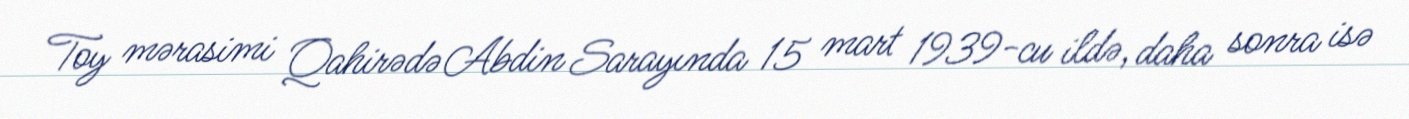
Toy mərasimi Qahirədə Abdin Sarayında 15 mart 1939-cu ildə, daha sonra isə